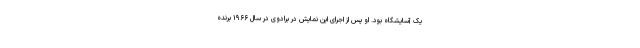
یک آسایشگاه بود. او پس از اجرای این نمایش در برادوی در سال ۱۹۶۶ برنده